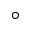
^ { \circ }